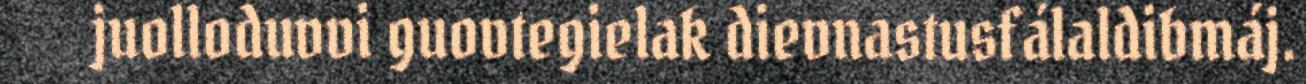
juolloduvvi guovtegielak dievnastusfálaldibmáj.